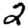
Digit: 2